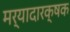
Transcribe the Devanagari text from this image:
मर्यादारक्षक